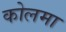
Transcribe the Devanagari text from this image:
कोलमा